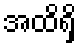
အထိရှိ